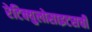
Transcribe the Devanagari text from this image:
रेटिक्युलोसाइटसची